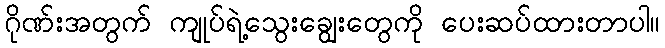
ဂိုဏ်းအတွက် ကျုပ်ရဲ့သွေးချွေးတွေကို ပေးဆပ်ထားတာပါ။